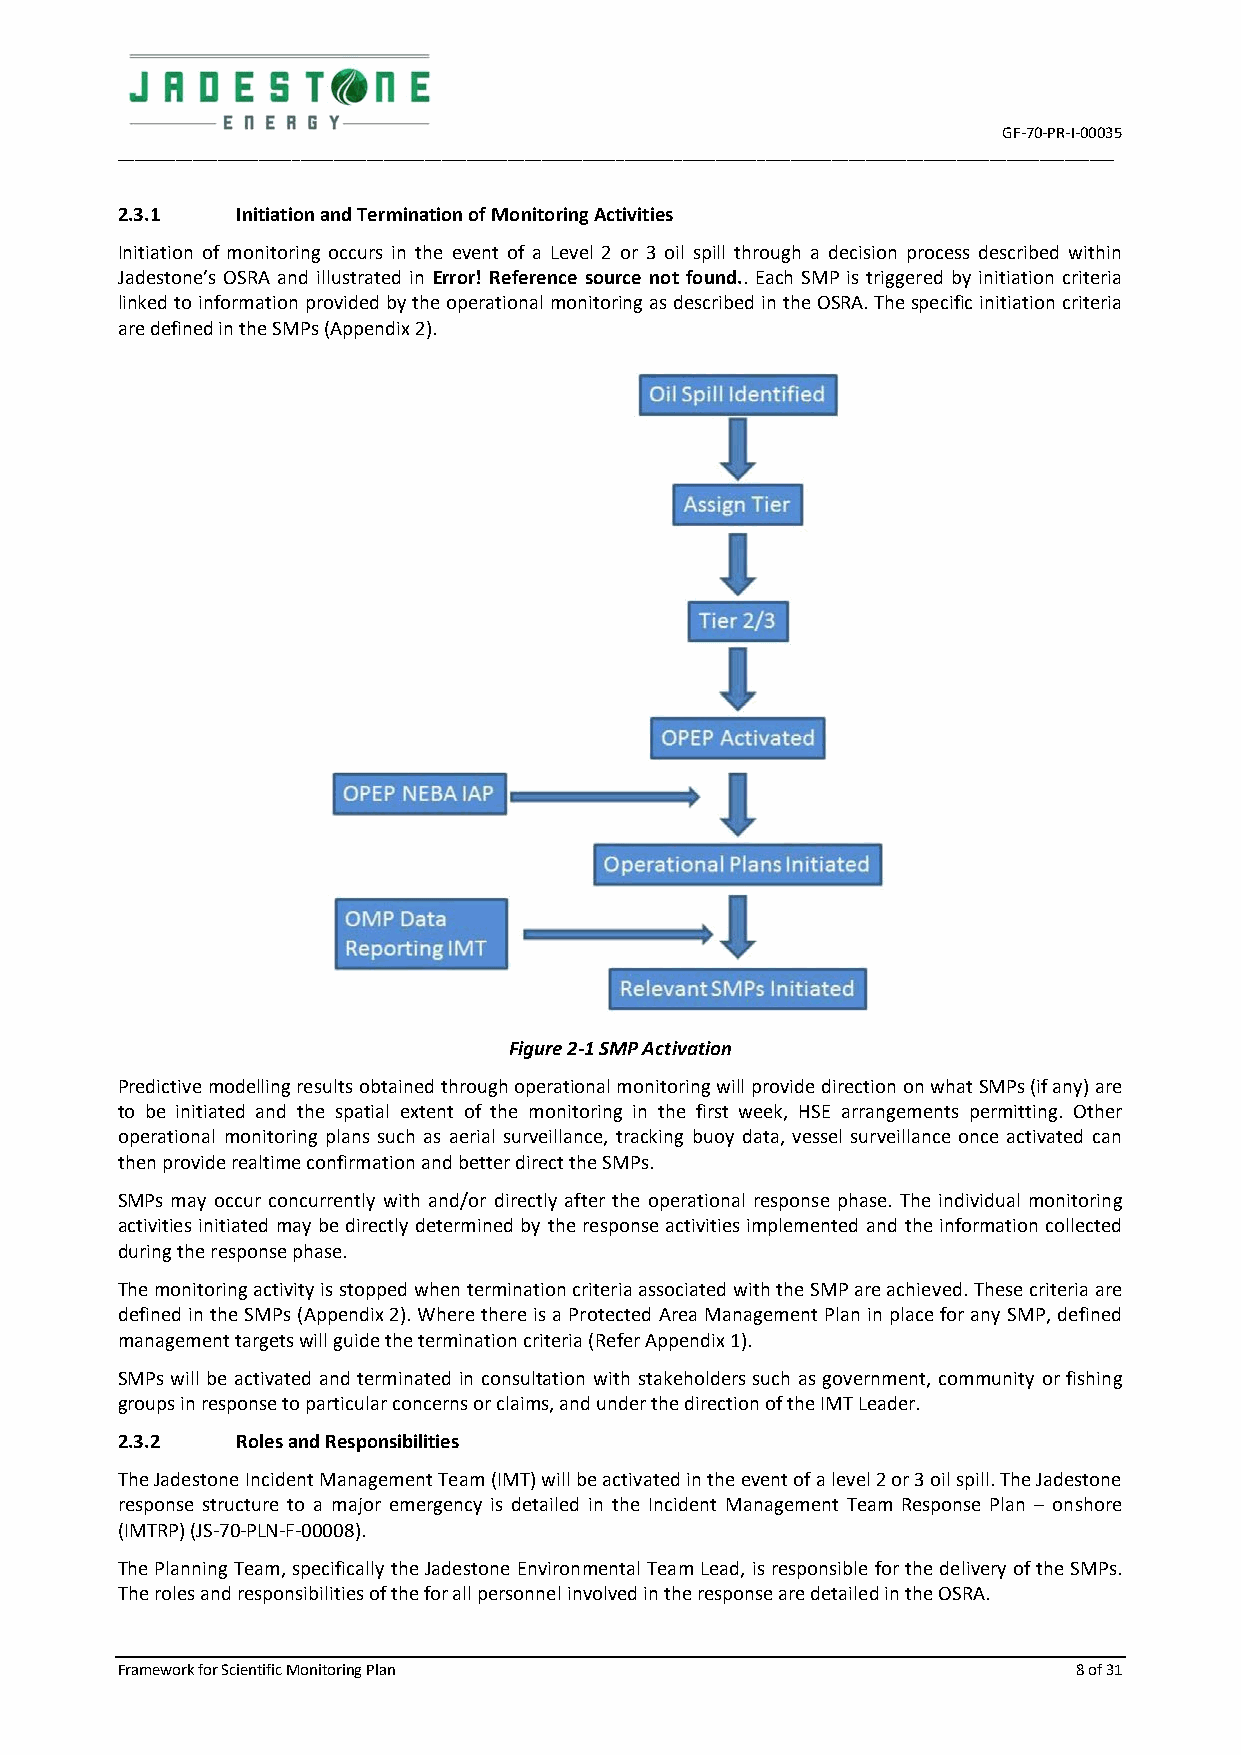
GF-70-PR-I-00035
 ________________________________________________________________________________________________________________________
 2.3.1   Initiation and Termination of Monitoring Activities
 Initiation of monitoring occurs in the event of a Level 2 or 3 oil spill through a decision process described within
 Jadestone’s OSRA and illustrated in Error! Reference source not found.. Each SMP is triggered by initiation criteria
 linked to information provided by the operational monitoring as described in the OSRA. The specific initiation criteria
 are defined in the SMPs (Appendix 2).
 Figure 2-1 SMP Activation
 Predictive modelling results obtained through operational monitoring will provide direction on what SMPs (if any) are
 to be initiated and the spatial extent of the monitoring in the first week, HSE arrangements permitting. Other
 operational monitoring plans such as aerial surveillance, tracking buoy data, vessel surveillance once activated can
 then provide realtime confirmation and better direct the SMPs.
 SMPs may occur concurrently with and/or directly after the operational response phase. The individual monitoring
 activities initiated may be directly determined by the response activities implemented and the information collected
 during the response phase.
 The monitoring activity is stopped when termination criteria associated with the SMP are achieved. These criteria are
 defined in the SMPs (Appendix 2). Where there is a Protected Area Management Plan in place for any SMP, defined
 management targets will guide the termination criteria (Refer Appendix 1).
 SMPs will be activated and terminated in consultation with stakeholders such as government, community or fishing
 groups in response to particular concerns or claims, and under the direction of the IMT Leader.
 2.3.2   Roles and Responsibilities
 The Jadestone Incident Management Team (IMT) will be activated in the event of a level 2 or 3 oil spill. The Jadestone
 response structure to a major emergency is detailed in the Incident Management Team Response Plan – onshore
 (IMTRP) (JS-70-PLN-F-00008).
 The Planning Team, specifically the Jadestone Environmental Team Lead, is responsible for the delivery of the SMPs.
 The roles and responsibilities of the for all personnel involved in the response are detailed in the OSRA.
 Framework for Scientific Monitoring Plan                       8 of 31